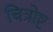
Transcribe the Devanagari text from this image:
चित्रोष्ट